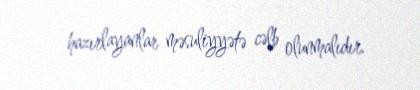
hazırlayanlar məsuliyyətə cəlb olunmalıdır.